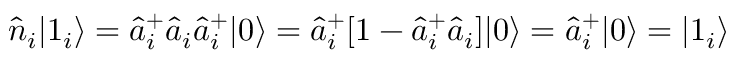
\hat { n } _ { i } | 1 _ { i } \rangle = \hat { a } _ { i } ^ { + } \hat { a } _ { i } \hat { a } _ { i } ^ { + } | 0 \rangle = \hat { a } _ { i } ^ { + } [ 1 - \hat { a } _ { i } ^ { + } \hat { a } _ { i } ] | 0 \rangle = \hat { a } _ { i } ^ { + } | 0 \rangle = | 1 _ { i } \rangle